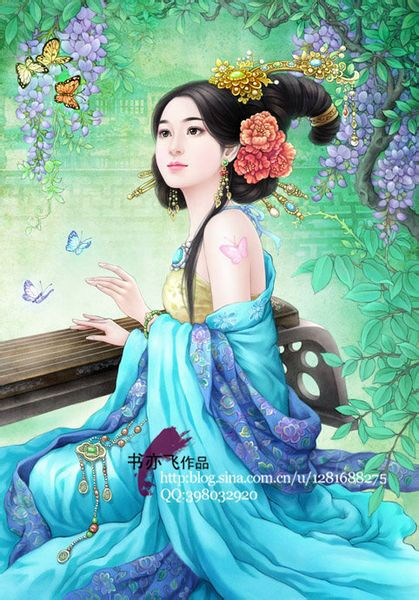
晚妆初了明肌雪，春殿嫔娥鱼贯列。